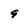
Character: 9